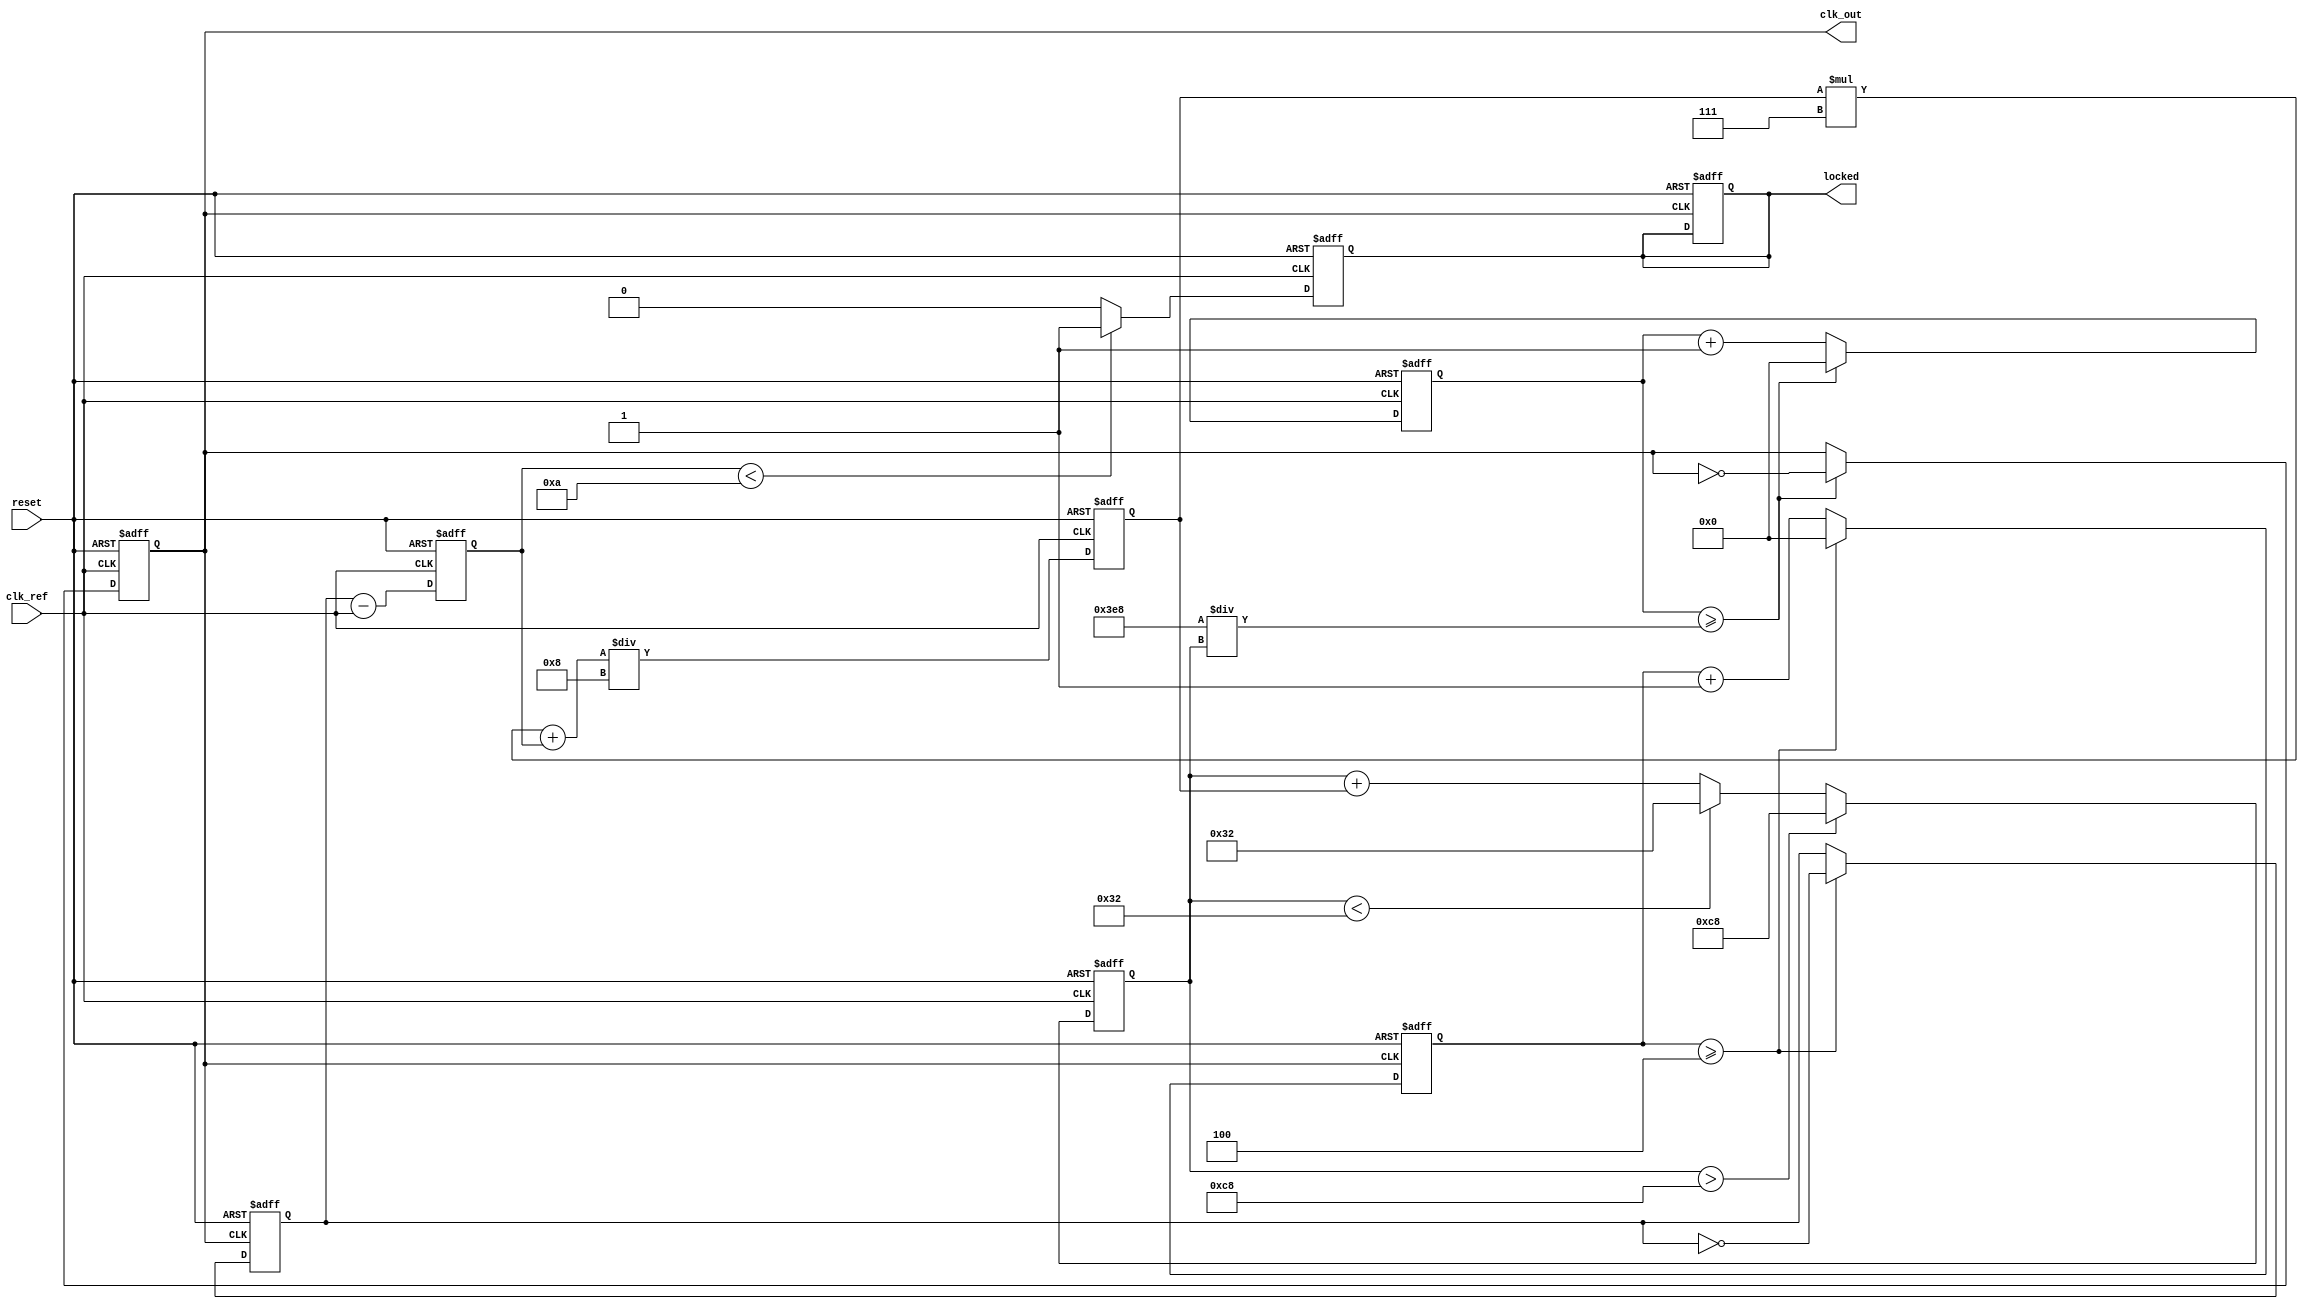
module low_jitter_pll (
    input wire clk_ref,        // Reference clock input
    input wire reset,          // Asynchronous reset
    output reg clk_out,        // Output clock
    output reg locked          // Lock indicator
);

// Parameters
parameter DIV_RATIO = 4;      // Frequency divider ratio
parameter VCO_MAX_FREQ = 200;  // Max VCO frequency in MHz
parameter VCO_MIN_FREQ = 50;   // Min VCO frequency in MHz
parameter LPF_COEFF = 8;       // Low-pass filter coefficient

// Internal signals
reg [31:0] phase_error;         // Phase error signal
reg [31:0] control_voltage;      // Control voltage for VCO
reg [31:0] vco_freq;             // VCO frequency
reg [31:0] feedback_clk;         // Feedback clock from VCO
reg [31:0] lpf_output;           // Output of the low-pass filter
reg [31:0] counter;              // Counter for frequency division
reg [31:0] vco_counter;          // VCO counter

// Phase Detector (PD)
always @(posedge clk_ref or posedge reset) begin
    if (reset) begin
        phase_error <= 0;
    end else begin
        // Simple phase error calculation (for illustration)
        phase_error <= feedback_clk - clk_ref; // Phase difference
    end
end

// Low-Pass Filter (LPF)
always @(posedge clk_ref or posedge reset) begin
    if (reset) begin
        lpf_output <= 0;
    end else begin
        lpf_output <= (lpf_output * (LPF_COEFF - 1) + phase_error) / LPF_COEFF;
    end
end

// Voltage-Controlled Oscillator (VCO)
always @(posedge clk_ref or posedge reset) begin
    if (reset) begin
        vco_freq <= VCO_MIN_FREQ;
        vco_counter <= 0;
        clk_out <= 0;
    end else begin
        // Adjust VCO frequency based on control voltage
        vco_freq <= vco_freq + lpf_output; // Simplified control
        if (vco_freq > VCO_MAX_FREQ) begin
            vco_freq <= VCO_MAX_FREQ;
        end else if (vco_freq < VCO_MIN_FREQ) begin
            vco_freq <= VCO_MIN_FREQ;
        end

        // Generate output clock based on VCO frequency
        vco_counter <= vco_counter + 1;
        if (vco_counter >= (1000 / vco_freq)) begin // Assuming 1 MHz reference
            clk_out <= ~clk_out;
            vco_counter <= 0;
        end
    end
end

// Frequency Divider
always @(posedge clk_out or posedge reset) begin
    if (reset) begin
        counter <= 0;
        feedback_clk <= 0;
        locked <= 0;
    end else begin
        counter <= counter + 1;
        if (counter >= DIV_RATIO) begin
            feedback_clk <= ~feedback_clk; // Toggle feedback clock
            counter <= 0;
        end
    end
end

// Lock detection logic
always @(posedge clk_ref or posedge reset) begin
    if (reset) begin
        locked <= 0;
    end else begin
        // Simple lock detection (for illustration)
        if (phase_error < 10) begin // Threshold for lock
            locked <= 1;
        end else begin
            locked <= 0;
        end
    end
end

endmodule